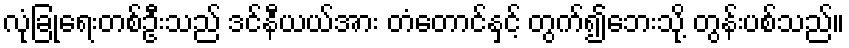
လုံခြုံရေးတစ်ဦးသည် ဒင်နီယယ်အား တံတောင်နှင့် တွက်၍ဘေးသို့ တွန်းပစ်သည်။